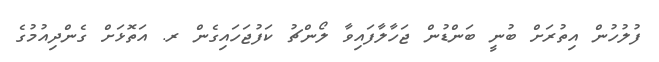
ފުލުހުން އިތުރަށް ބުނީ ބަންޑުން ޖަހާލާފައިވާ ލޯންޗު ކަފުޖަހައިގެން ރ. އަތޮޅަށް ގެންދިއުމުގެ